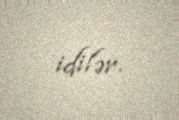
idilər.